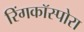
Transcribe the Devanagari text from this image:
रिंगकॉस्पोरा